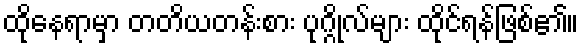
ထိုနေရာမှာ တတိယတန်းစား ပုဂ္ဂိုလ်များ ထိုင်ရန်ဖြစ်၏။